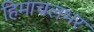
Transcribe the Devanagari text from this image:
हिमाचलभर